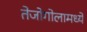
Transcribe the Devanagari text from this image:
तेजोगोलामध्ये